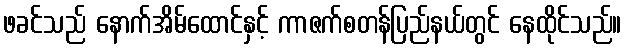
ဖခင်သည် နောက်အိမ်ထောင်နှင့် ကာဇက်စတန်ပြည်နယ်တွင် နေထိုင်သည်။